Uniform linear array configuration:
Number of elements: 24
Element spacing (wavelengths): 0.25
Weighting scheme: blackman
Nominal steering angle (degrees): -30
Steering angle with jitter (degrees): -28.414
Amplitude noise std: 0.05
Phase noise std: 0.05

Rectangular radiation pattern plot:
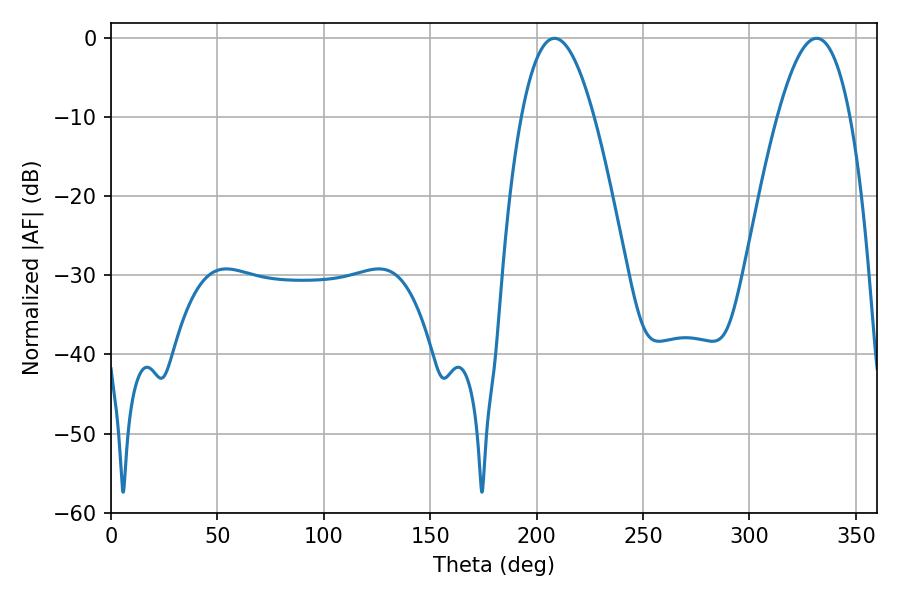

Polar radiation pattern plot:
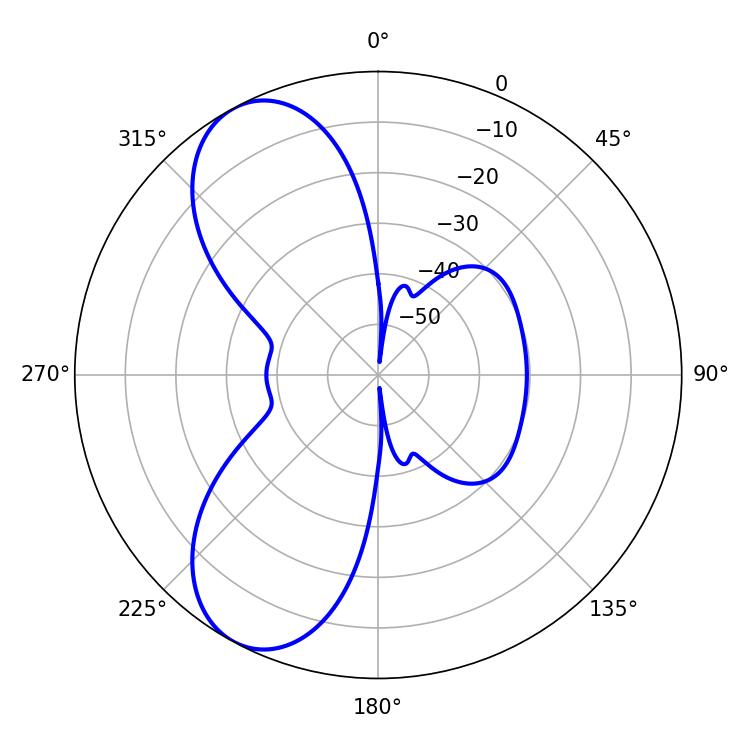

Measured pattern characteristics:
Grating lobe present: FALSE
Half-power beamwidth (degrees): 18.72
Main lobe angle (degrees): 208.44